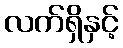
လက်ရှိနှင့်